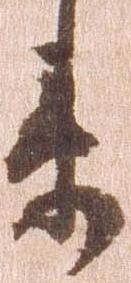
衛